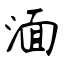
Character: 湎